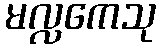
မလ္လကေသု